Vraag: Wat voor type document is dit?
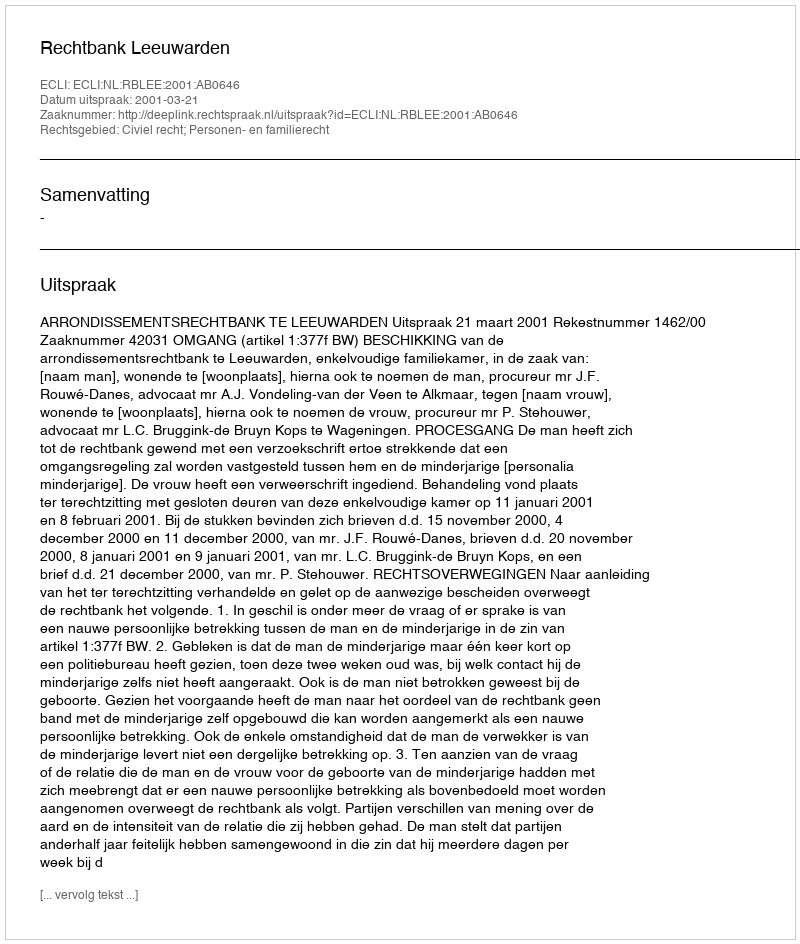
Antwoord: Uitspraak